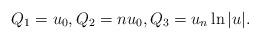
LaTeX: \begin{align*}Q_1=u_0,Q_2=nu_0,Q_3=u_n\ln|u|.\end{align*}